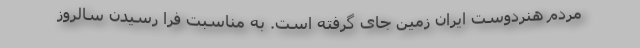
مردم هنردوست ایران زمین جای گرفته است. به مناسبت فرا رسیدن سالروز